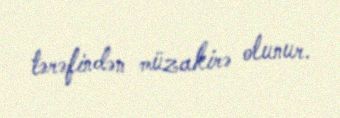
tərəfindən müzakirə olunur.